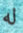
له